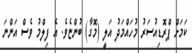
ކަމަށް ޕްރޮޑިއުސަރު މުހައްމަދު އަލީ (މޮގާ) ބުންޏެވެ. އެ ފިލްމު ވެސް އަންނަ